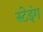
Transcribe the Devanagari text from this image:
स्टेइंग